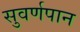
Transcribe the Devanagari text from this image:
सुवर्णपान